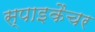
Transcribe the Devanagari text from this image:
स्पाइकैचर